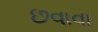
છવાવા